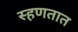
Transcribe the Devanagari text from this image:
स्हणतात